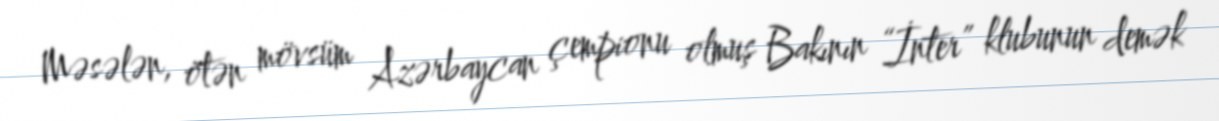
Məsələn, ötən mövsüm Azərbaycan çempionu olmuş Bakının “İnter” klubunun demək